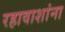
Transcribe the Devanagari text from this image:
रहावाशांना